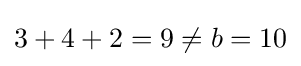
3+4+2=9\neq b=10